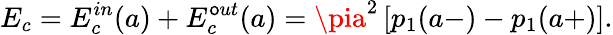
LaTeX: E_{c}=E_{c}^{in}(a)+E_{c}^{\mathsf{o}ut}(a)=\pia^{2}\left[p_{1}(a-)-p_{1}(a+)\right].